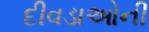
દીવડાઓની